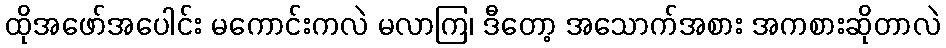
ထိုအဖော်အပေါင်း မကောင်းကလဲ မလာကြ၊ ဒီတော့ အသောက်အစား အကစားဆိုတာလဲ